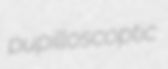
pupilloscoptic